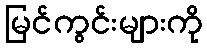
မြင်ကွင်းများကို